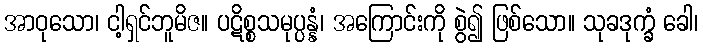
အာဝုသော၊ ငါ့ရှင်ဘူမိဇ။ ပဋိစ္စသမုပ္ပန္နံ၊ အကြောင်းကို စွဲ၍ ဖြစ်သော။ သုခဒုက္ခံ ခေါ၊